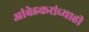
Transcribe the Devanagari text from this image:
आंबेडकरांच्याही